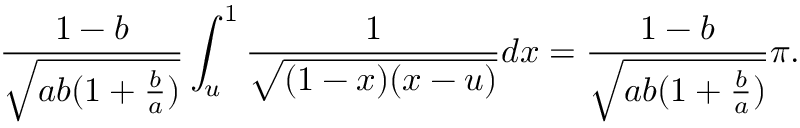
\frac { 1 - b } { \sqrt { a b ( 1 + \frac { b } { a } ) } } \int _ { u } ^ { 1 } \frac { 1 } { \sqrt { ( 1 - x ) ( x - u ) } } d x = \frac { 1 - b } { \sqrt { a b ( 1 + \frac { b } { a } ) } } \pi .